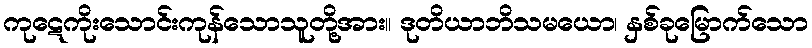
ကုဋေကိုးသောင်းကုန်သောသူတို့အား။ ဒုတိယာဘိသမယော၊ နှစ်ခုမြောက်သော